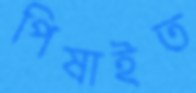
পিষাইত